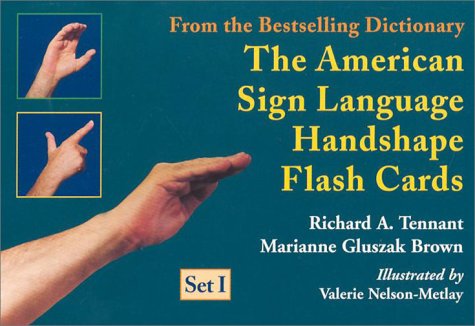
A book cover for The American Sign Language Handshape Flash Cards Set I; Richard A. Tennant; Reference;